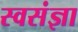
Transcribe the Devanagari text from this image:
स्वसंज्ञा